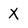
Character: X